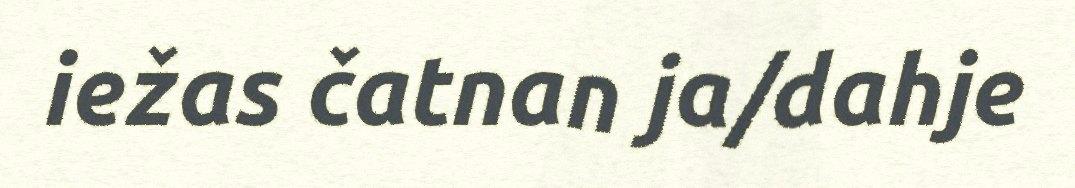
iežas čatnan ja/dahje